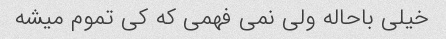
خیلی باحاله ولی نمی فهمی که کی تموم میشه